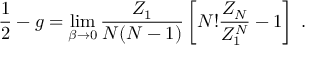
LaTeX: \frac { 1 } { 2 } - g = \operatorname * { l i m } _ { \beta \rightarrow 0 } \frac { Z _ { 1 } } { N ( N - 1 ) } \left[ N ! \frac { Z _ { N } } { Z _ { 1 } ^ { N } } - 1 \right] \ .